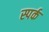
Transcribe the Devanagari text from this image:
स्पर्क